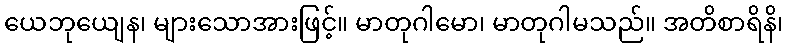
ယေဘုယျေန၊ များသောအားဖြင့်။ မာတုဂါမော၊ မာတုဂါမသည်။ အတိစာရိနိ၊